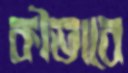
কীভাবে